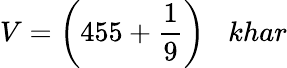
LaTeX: V={\bigg(}455+{\frac{1}{9}}{\bigg)}\; \; \; khar